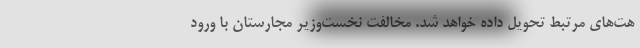
هت‌های مرتبط تحویل داده خواهد شد. مخالفت نخست‌وزیر مجارستان با ورود